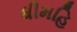
ધીમહિ